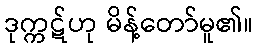
ဒုက္ကဋ်ဟု မိန့်တော်မူ၏။